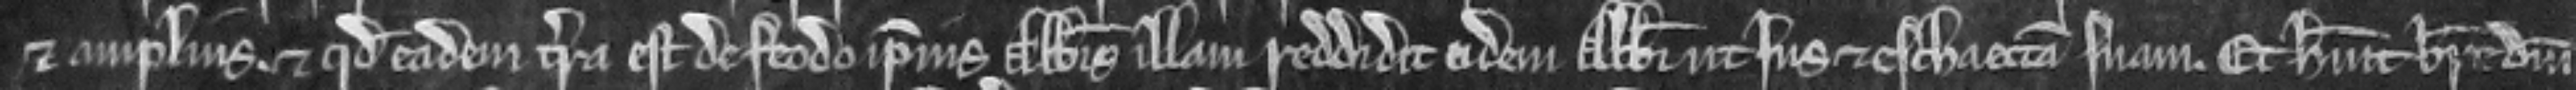
et amplius. et quod eadem terra est de feodo ipsius abbatis illam reddidit eidem abbate ut Ius et eschaettam suam. Et habuit breue domini